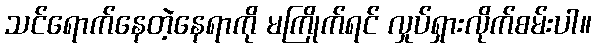
သင်ရောက်နေတဲ့နေရာကို မကြိုက်ရင် လှုပ်ရှားလိုက်စမ်းပါ။